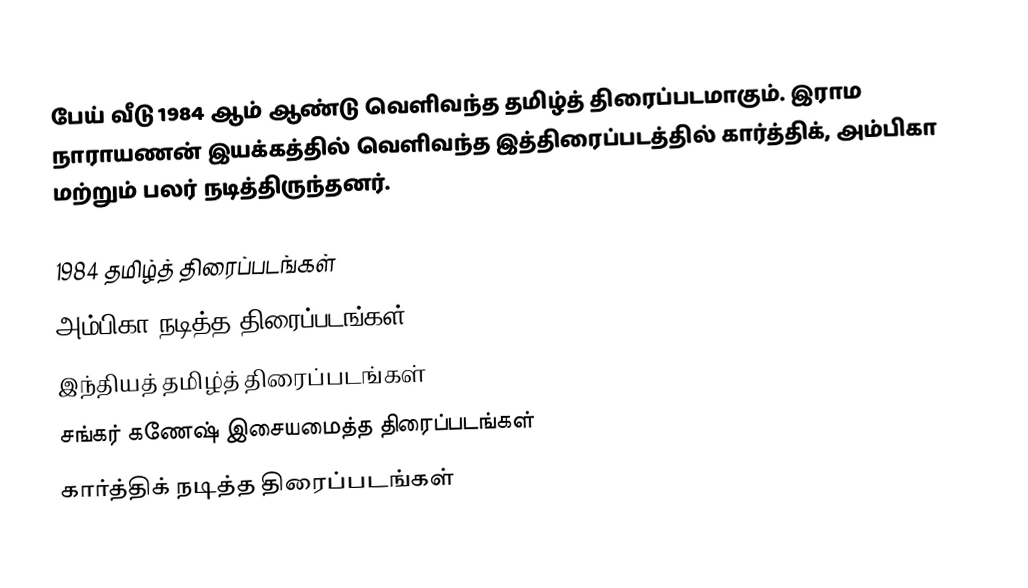
பேய் வீடு 1984 ஆம் ஆண்டு வெளிவந்த தமிழ்த் திரைப்படமாகும். இராம நாராயணன் இயக்கத்தில் வெளிவந்த இத்திரைப்படத்தில் கார்த்திக், அம்பிகா மற்றும் பலர் நடித்திருந்தனர்.

1984 தமிழ்த் திரைப்படங்கள்
அம்பிகா நடித்த திரைப்படங்கள்
இந்தியத் தமிழ்த் திரைப்படங்கள்
சங்கர் கணேஷ் இசையமைத்த திரைப்படங்கள்
கார்த்திக் நடித்த திரைப்படங்கள்